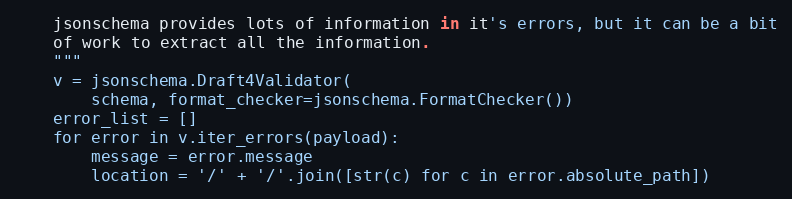
Language: Python
    jsonschema provides lots of information in it's errors, but it can be a bit
    of work to extract all the information.
    """
    v = jsonschema.Draft4Validator(
        schema, format_checker=jsonschema.FormatChecker())
    error_list = []
    for error in v.iter_errors(payload):
        message = error.message
        location = '/' + '/'.join([str(c) for c in error.absolute_path])